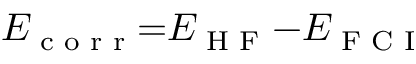
E _ { \textrm { c o r r } } { = } E _ { \textrm { H F } } { - } E _ { \textrm { F C I } }